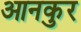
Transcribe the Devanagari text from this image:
आनकुर